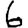
Digit: 6